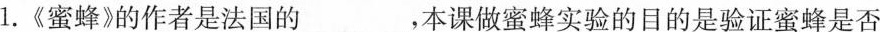
1.《蜜蜂》的作者是法国的___，本课做蜜蜂实验的目的是验证蜜蜂是否